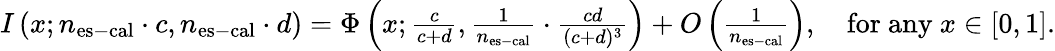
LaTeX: \begin{array}{r}{I\left(x;n_{\mathrm{es-cal}}\cdot c,n_{\mathrm{es-cal}}\cdot d\right)=\Phi\left(x;\frac{c}{c+d},\frac{1}{n_{\mathrm{es-cal}}}\cdot\frac{cd}{(c+d)^{3}}\right)+O\left(\frac{1}{n_{\mathrm{es-cal}}}\right),\quad\mathrm{for~any~}x\in[0,1].}\end{array}